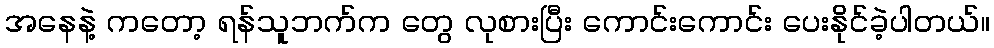
အနေနဲ့ ကတော့ ရန်သူဘက်က တွေ လုစားပြီး ကောင်းကောင်း ပေးနိုင်ခဲ့ပါတယ်။